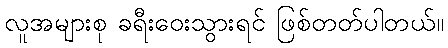
လူအများစု ခရီးဝေးသွားရင် ဖြစ်တတ်ပါတယ်။